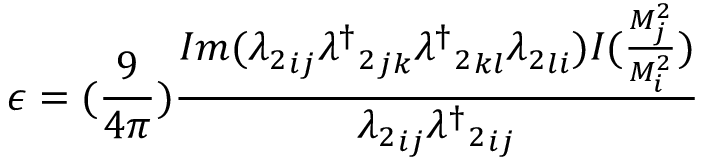
\epsilon = ( \frac { 9 } { 4 \pi } ) \frac { I m ( { \lambda _ { 2 } } _ { i j } { { \lambda ^ { \dagger } } _ { 2 } } _ { j k } { { \lambda ^ { \dagger } } _ { 2 } } _ { k l } { \lambda _ { 2 } } _ { l i } ) I ( \frac { M _ { j } ^ { 2 } } { M _ { i } ^ { 2 } } ) } { { \lambda _ { 2 } } _ { i j } { { \lambda ^ { \dagger } } _ { 2 } } _ { i j } }